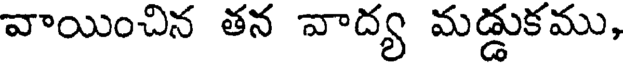
వాయించిన తన వాద్య మడ్డుకము,